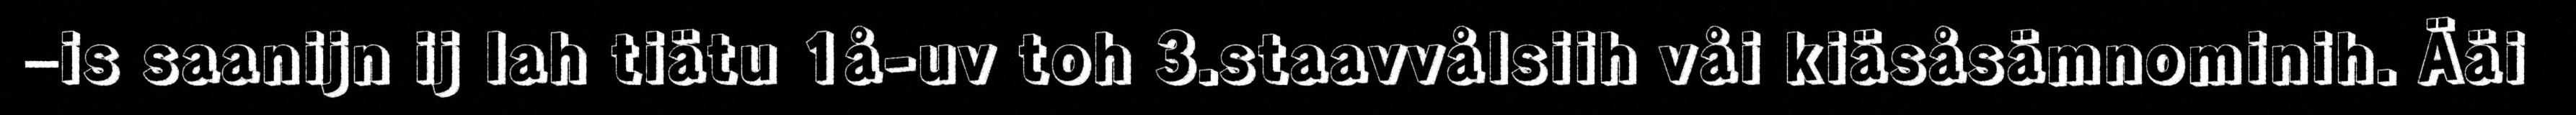
–is saanijn ij lah tiätu 1å-uv toh 3.staavvålsiih våi kiäsåsämnominih. Ääi